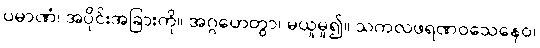
ပမာဏံ၊ အပိုင်းအခြားကို။ အဂ္ဂဟေတွာ၊ မယူမူ၍။ သကလဖရဏဝသေနေဝ၊